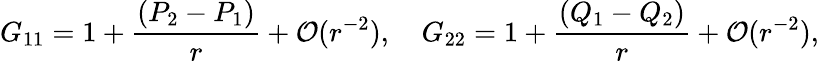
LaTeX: G_{11}=1+{\frac{(P_{2}-P_{1})}{r}}+{\cal O}(r^{-2}),\ \ \ \ G_{22}=1+{\frac{(Q_{1}-Q_{2})}{r}}+{\cal O}(r^{-2}),